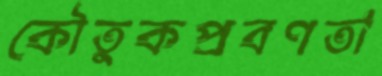
কৌতুকপ্রবণতা